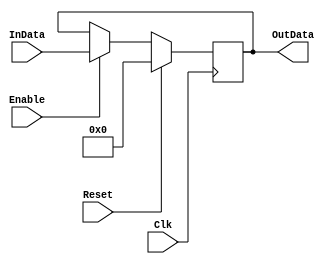
module register_16bit_f(Enable, Reset, Clk, InData, OutData);
input Enable, Reset, Clk;
input[15:0] InData;
output[15:0] OutData;

reg[15:0] Data;
assign OutData=Data;

always @(posedge Clk)
begin
  if(Reset)
    Data <= 0;
  else if(Enable)
    Data<=InData;
end


endmodule